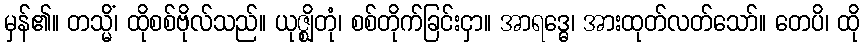
မှန်၏။ တသ္မိံ၊ ထိုစစ်ဗိုလ်သည်။ ယုဇ္ဈိတုံ၊ စစ်တိုက်ခြင်းငှာ။ အာရဒ္ဓေ၊ အားထုတ်လတ်သော်။ တေပိ၊ ထို